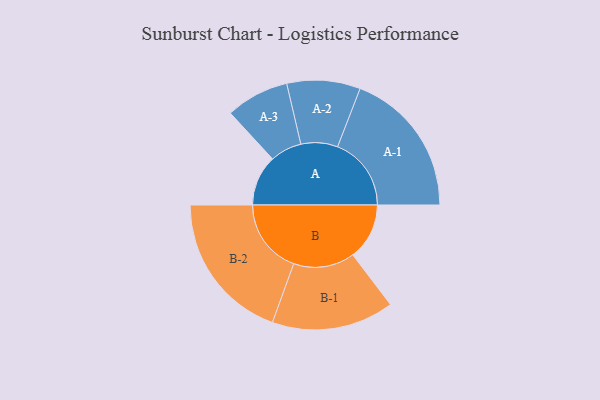
{"axis": {"x": "Segment", "y": "Value"}, "legend": ["", "A", "B"], "data": [{"x": "A", "y": 189, "type": ""}, {"x": "B", "y": 211, "type": ""}, {"x": "A-1", "y": 275, "type": "A"}, {"x": "A-2", "y": 137, "type": "A"}, {"x": "A-3", "y": 118, "type": "A"}, {"x": "B-1", "y": 228, "type": "B"}, {"x": "B-2", "y": 280, "type": "B"}]}